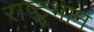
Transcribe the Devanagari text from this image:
राष्ट्र्भान